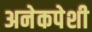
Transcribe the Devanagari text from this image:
अनेकपेशी